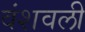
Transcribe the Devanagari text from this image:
वंशवली